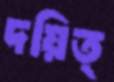
দয়িত্